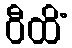
ဝီထိံ